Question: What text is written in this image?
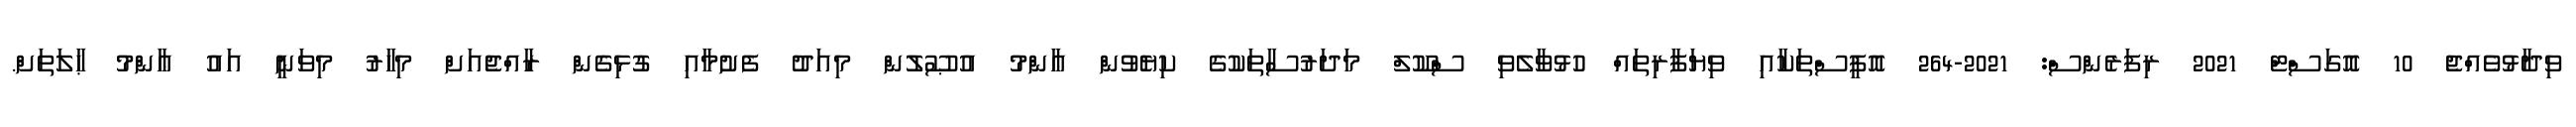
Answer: ވިދާޅުވެއްޖެ 10 އޮގަސްޓް 2021 ރިފަރެންސް: 2021-264 އޮފީސްތަކާއި ވިޔަފާރިތައް ހުޅުވާލެވި ސްކޫލް މަދަރުސާތަކުގެ ކިޔެވުން ޢާންމު އުޞޫލުން މިއަދު ފެށުމާއި ގުޅިގެން ރާއްޖެއަށް މިހާރު މިވަނީ އައު ޢާންމު ޙާލަތަށް.